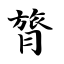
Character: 膂